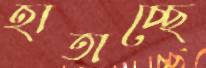
হাতাচ্ছে